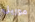
موريل